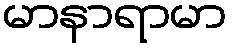
မာနာရာမာ